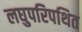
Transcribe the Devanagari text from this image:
लघुपरिपथित